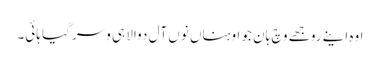
اوہ اینے روجھے وچ ہان جو اوہناں نوں آل دوالا ہی وِسر گیا ہائی۔